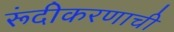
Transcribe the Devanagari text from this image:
रूंदीकरणाची